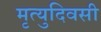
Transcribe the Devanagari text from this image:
मृत्युदिवसी